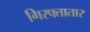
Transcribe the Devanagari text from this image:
गिरफ्तातार